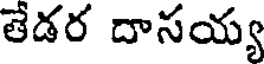
తేడర దాసయ్య